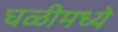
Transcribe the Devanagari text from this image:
घळीमध्ये